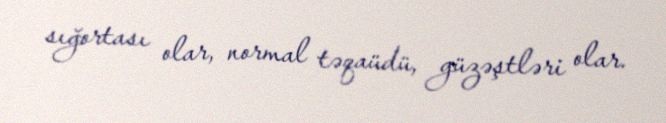
sığortası olar, normal təqaüdü, güzəştləri olar.